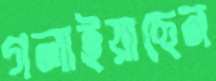
গলাইয়াছেন